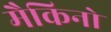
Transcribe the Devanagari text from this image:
मैकिनो